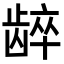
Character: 𬺋